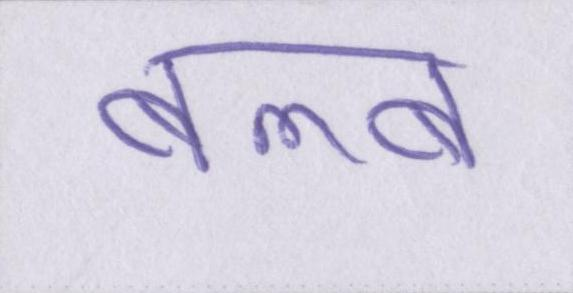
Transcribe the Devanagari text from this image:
बल्ब